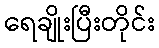
ရေချိုးပြီးတိုင်း